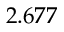
2 . 6 7 7